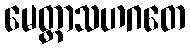
မေတ္တာသဟဂတေ